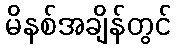
မိနစ်အချိန်တွင်